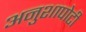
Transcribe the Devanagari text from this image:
अनुशापोटी